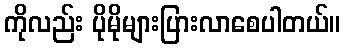
ကိုလည်း ပိုမိုများပြားလာစေပါတယ်။